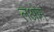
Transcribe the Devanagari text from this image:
लओम